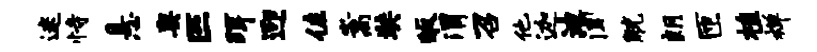
迷恃悬奥匹珥迎佐嵩奘皈渭召他迦迪闻觥朗匝植禅